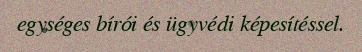
egységes bírói és ügyvédi képesítéssel.